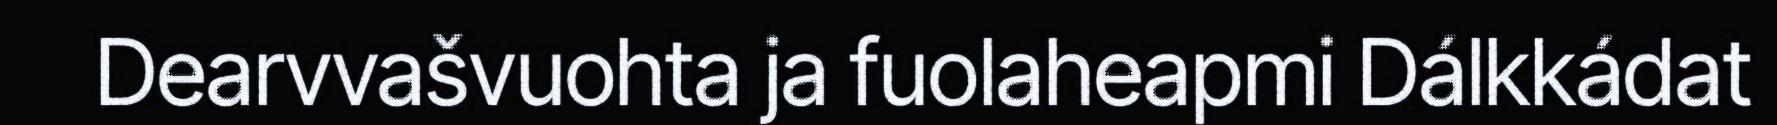
Dearvvašvuohta ja fuolaheapmi Dálkkádat